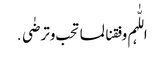
اللّٰہم وفقنا لما تحب وترضٰی․